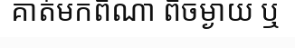
គាត់មកពីណា ពីចម្ងាយ ឬ